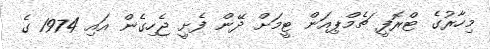
މިހާރުގެ ޓްރޮފީ ޗެމްޕިއަން ޓީމަށް ދޭން ފެށީ ޖެހިގެން އައި 1974 ގެ